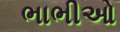
ભાભીઓ